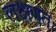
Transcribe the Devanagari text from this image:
लक्षणतः